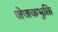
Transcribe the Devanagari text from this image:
जेजकभुक्ति